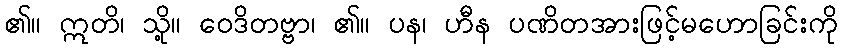
၏။ ဣတိ၊ သို့။ ဝေဒိတဗ္ဗာ၊ ၏။ ပန၊ ဟီန ပဏိတအားဖြင့်မဟောခြင်းကို